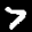
Label: 7